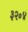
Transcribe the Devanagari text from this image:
३२॰४